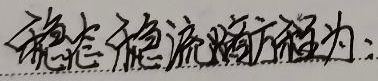
稳态稳流的方程为：